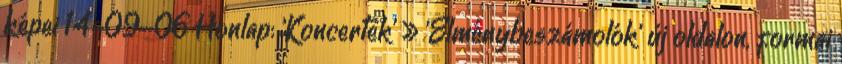
képei 14-09-06 Honlap: 'Koncertek' » 'Élménybeszámolók' új oldalon, formai